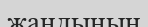
жандының